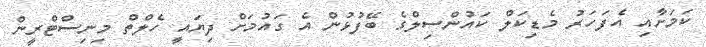
ކަމަށާއި އެފަހަރު މެޑިކަލް ކައުންސިލްގެ ބޭފުޅުން އެ ގައުމަށް ދިޔައީ ހެލްތް މިނިސްޓްރީން